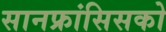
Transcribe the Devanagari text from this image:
सानफ्रांसिसको